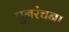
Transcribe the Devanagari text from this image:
पुनरंचना